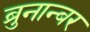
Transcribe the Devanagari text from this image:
ब्रुनान्बर